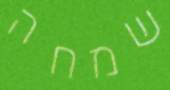
שמחה